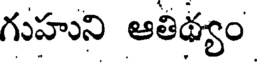
గుహుని ఆతిథ్యం